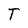
Character: T